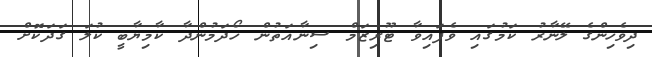
ދިވެހިންގެ ލޭނާރު ކަމުގައި ވެފައިވާ ޓޫރިޒަމް ސިނާއަތުން ހޯދަމުންދާ ކާމިޔާބީ ކުލަ ގަދަކޮށް